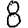
Digit: 8